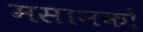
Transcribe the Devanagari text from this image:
मसानको